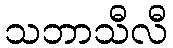
သဘာသီလီ